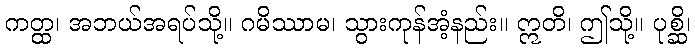
ကတ္ထ၊ အဘယ်အရပ်သို့။ ဂမိဿာမ၊ သွားကုန်အံ့နည်း။ ဣတိ၊ ဤသို့။ ပုစ္ဆိ၊